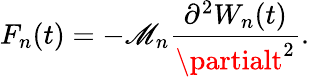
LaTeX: F_{n}(t)=-\mathscr{M}_{n}\frac{{\partial^{2}W_{n}(t)}}{{\partialt^{2}}}.